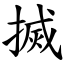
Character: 搣